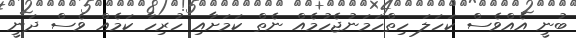
ބުނީ އެއްވެސް ކަހަލަ ހިތްހަމަނުޖެހުމެއް ނެތް ކަމަށާއި ހުރިހާ ކަމެއް ވެސް ދަނީ